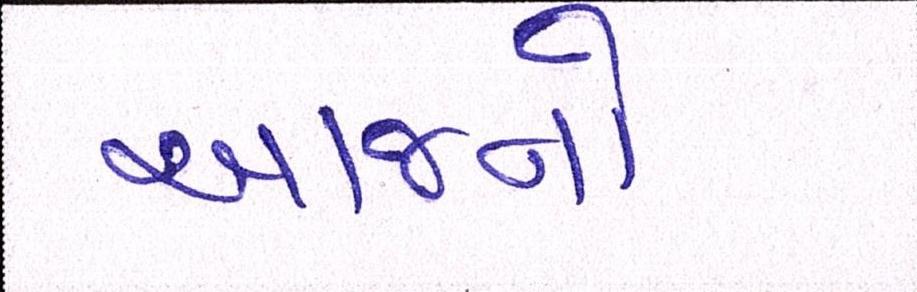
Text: આજનો